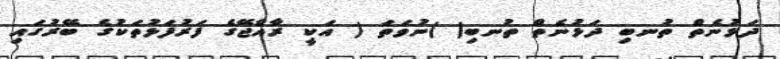
ދަޅުނެތް ތުނބި ދަޅުނެތް ތުނބި( )ނުވަތަ ( އަކީ ރާއްޖޭގެ ފަރުފަޅުތަކުގެ ބޭރުގައި